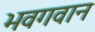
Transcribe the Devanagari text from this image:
भवगवान